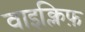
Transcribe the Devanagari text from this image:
वाइक्लिफ़